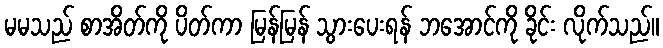
မမသည် စာအိတ်ကို ပိတ်ကာ မြန်မြန် သွားပေးရန် ဘအောင်ကို ခိုင်း လိုက်သည်။